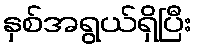
နှစ်အရွယ်ရှိပြီး